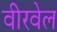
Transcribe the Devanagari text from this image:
वीरवेल